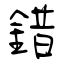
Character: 錯